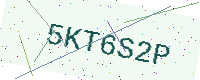
Text: 5KT6S2P